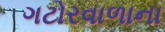
ગટોરવાળાના